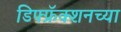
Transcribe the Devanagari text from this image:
डिफ्फ्रॅक्शनच्या